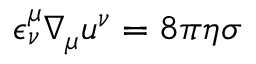
\epsilon _ { \nu } ^ { \mu } \nabla _ { \mu } u ^ { \nu } = 8 \pi \eta \sigma